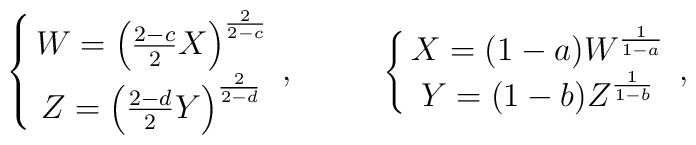
\left\{\matrix{W=\left({{2-c}\over{2}}X\right)^{2\over{2-c}}\cr Z=\left({{2-d}\over{2}}Y\right)^{2\over{2-d}}}\right.,\ \ \ \ \ \ \ \ \left\{\matrix{X=(1-a)W^{1\over{1-a}}\cr Y=(1-b)Z^{1\over{1-b}}}\right.,